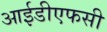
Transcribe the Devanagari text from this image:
आईडीएफसी